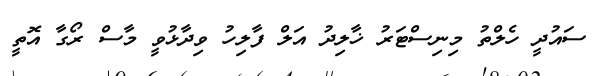
ސައުދީ ހެލްތު މިނިސްޓަރު ޚާލިދު އަލް ފާލިހު ވިދާޅުވީ މާސް ރޯގާ އޮތީ